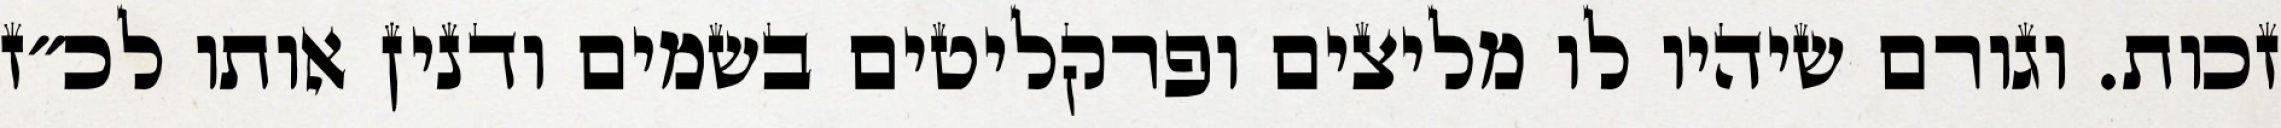
זכות. וגורם שיהיו לו מליצים ופרקליטים בשמים ודנין אותו לכ״ז